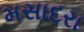
મસાદરા